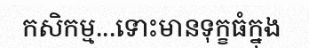
កសិកម្ម...ទោះមានទុក្ខធំក្នុង